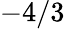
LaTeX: -4/3